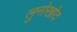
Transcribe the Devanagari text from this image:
लुनोखोद